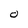
Character: 0